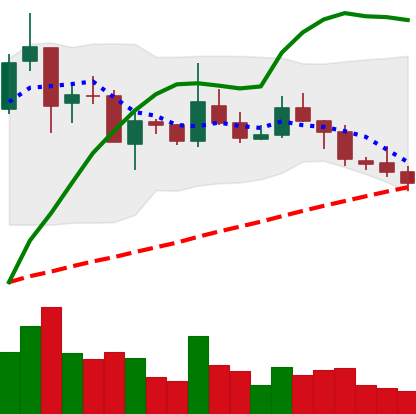
Ticker: TRX-USD
Chart end date: 2019-02-14
Forward return: 5.34%
Label: up_5_7